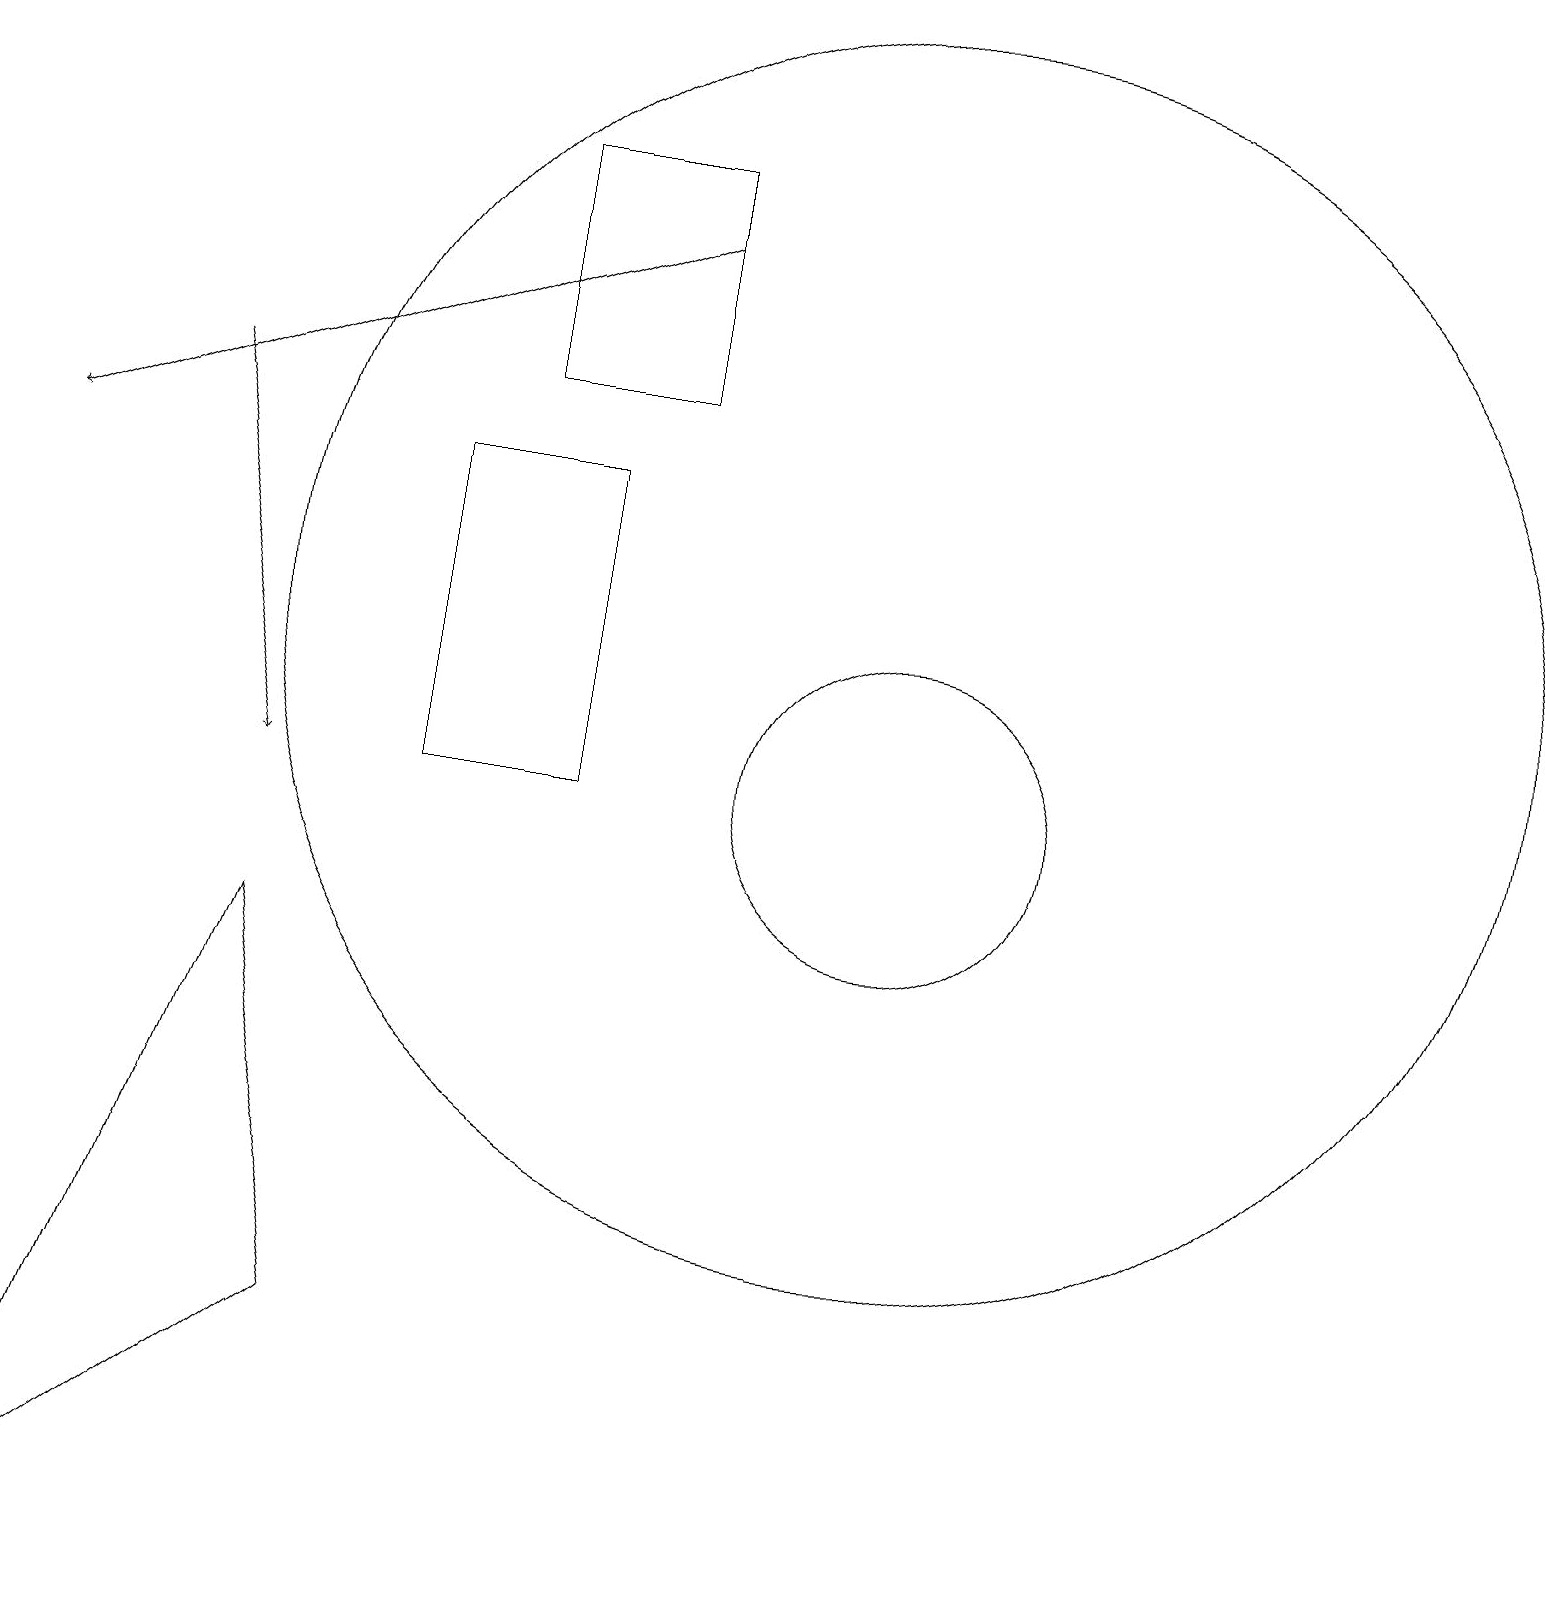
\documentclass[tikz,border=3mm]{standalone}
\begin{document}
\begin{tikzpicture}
\draw (5,14) rectangle (7,10);
\draw (0,0) -- (4,3) -- (3,8) -- cycle;
\draw[->] (8,17) -- (0,14);
\draw (11,12) circle (8);
\draw (6,18) rectangle (8,15);
\draw[->] (2,15) -- (3,10);
\draw (11,10) circle (2);
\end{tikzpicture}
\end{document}